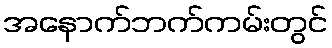
အနောက်ဘက်ကမ်းတွင်